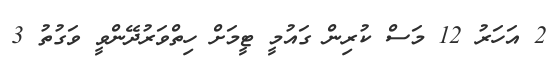
2 އަހަރު 12 މަސް ކުރިން ގައުމީ ޓީމަށް ހިތްވަރުދޭންވީ ވަގުތު 3